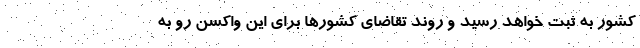
کشور به ثبت خواهد رسید و روند تقاضای کشورها برای این واکسن رو به